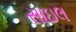
સાઇલ